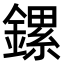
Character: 鏍